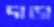
দাড়া